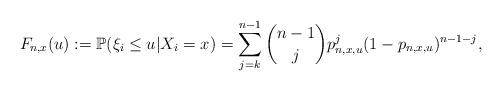
LaTeX: \begin{align*}F_{n,x}(u) := \mathbb{P}( \xi_i \leq u | X_i = x) = \sum_{j=k}^{n-1} \binom{n-1}{j}p_{n,x,u}^j(1-p_{n,x,u})^{n-1-j},\end{align*}